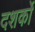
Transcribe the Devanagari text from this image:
दशर्कों